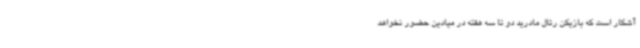
آشکار است که بازیکن رئال مادرید دو تا سه هفته در میادین حضور نخواهد